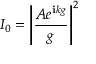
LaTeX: I _ { 0 } = \left| { \frac { A e ^ { \mathbf { i } k g } } { g } } \right| ^ { 2 }